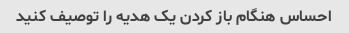
احساس هنگام باز کردن یک هدیه را توصیف کنید